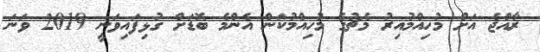
ރާއްޖެ އަށް މުހިއްމުއިރު މެޗުގެ މުހިއްމުކަން އެންމެ ބޮޑަށް ގުޅިފައިވަނީ 2019 ވަނަ